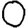
Digit: 0